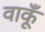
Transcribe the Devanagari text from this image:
वाकूँ